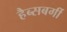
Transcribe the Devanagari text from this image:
हैब्सबर्गी